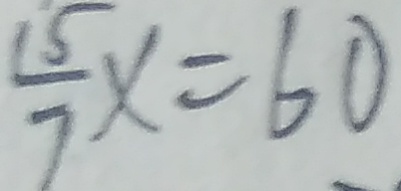
\frac { 1 5 } { 7 } x = 6 0